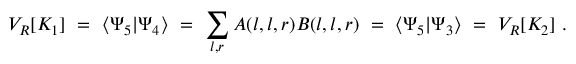
V _ { R } [ K _ { 1 } ] ~ = ~ \langle \Psi _ { 5 } | \Psi _ { 4 } \rangle ~ = ~ \sum _ { l , r } A ( l , l , r ) B ( l , l , r ) ~ = ~ \langle \Psi _ { 5 } | \Psi _ { 3 } \rangle ~ = ~ V _ { R } [ K _ { 2 } ] ~ .